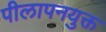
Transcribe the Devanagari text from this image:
पीलापनयुक्त